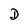
Character: D